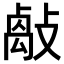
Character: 𢿝